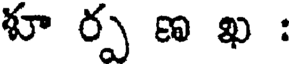
శూ ర్ప ణ ఖ :